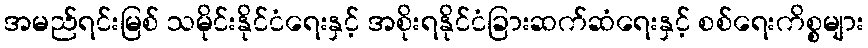
အမည်ရင်းမြစ် သမိုင်းနိုင်ငံရေးနှင့် အစိုးရနိုင်ငံခြားဆက်ဆံရေးနှင့် စစ်ရေးကိစ္စများ